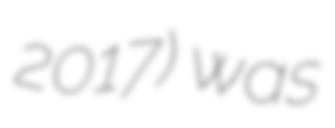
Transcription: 2017) was